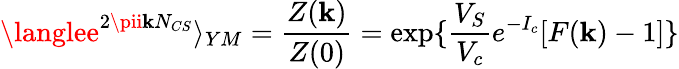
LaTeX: \langlee^{2\pii\mathbf{k}N_{CS}}\rangle_{YM}=\frac{{Z(\mathbf{k})}}{{Z(0)}}=\exp\{ \frac{{V_{S}}}{{V_{c}}}e^{-I_{c}}[F(\mathbf{k})-1]\}